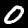
Digit: 0